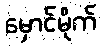
မှောင်မိုက်